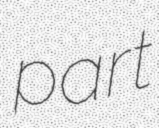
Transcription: part